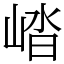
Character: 崉